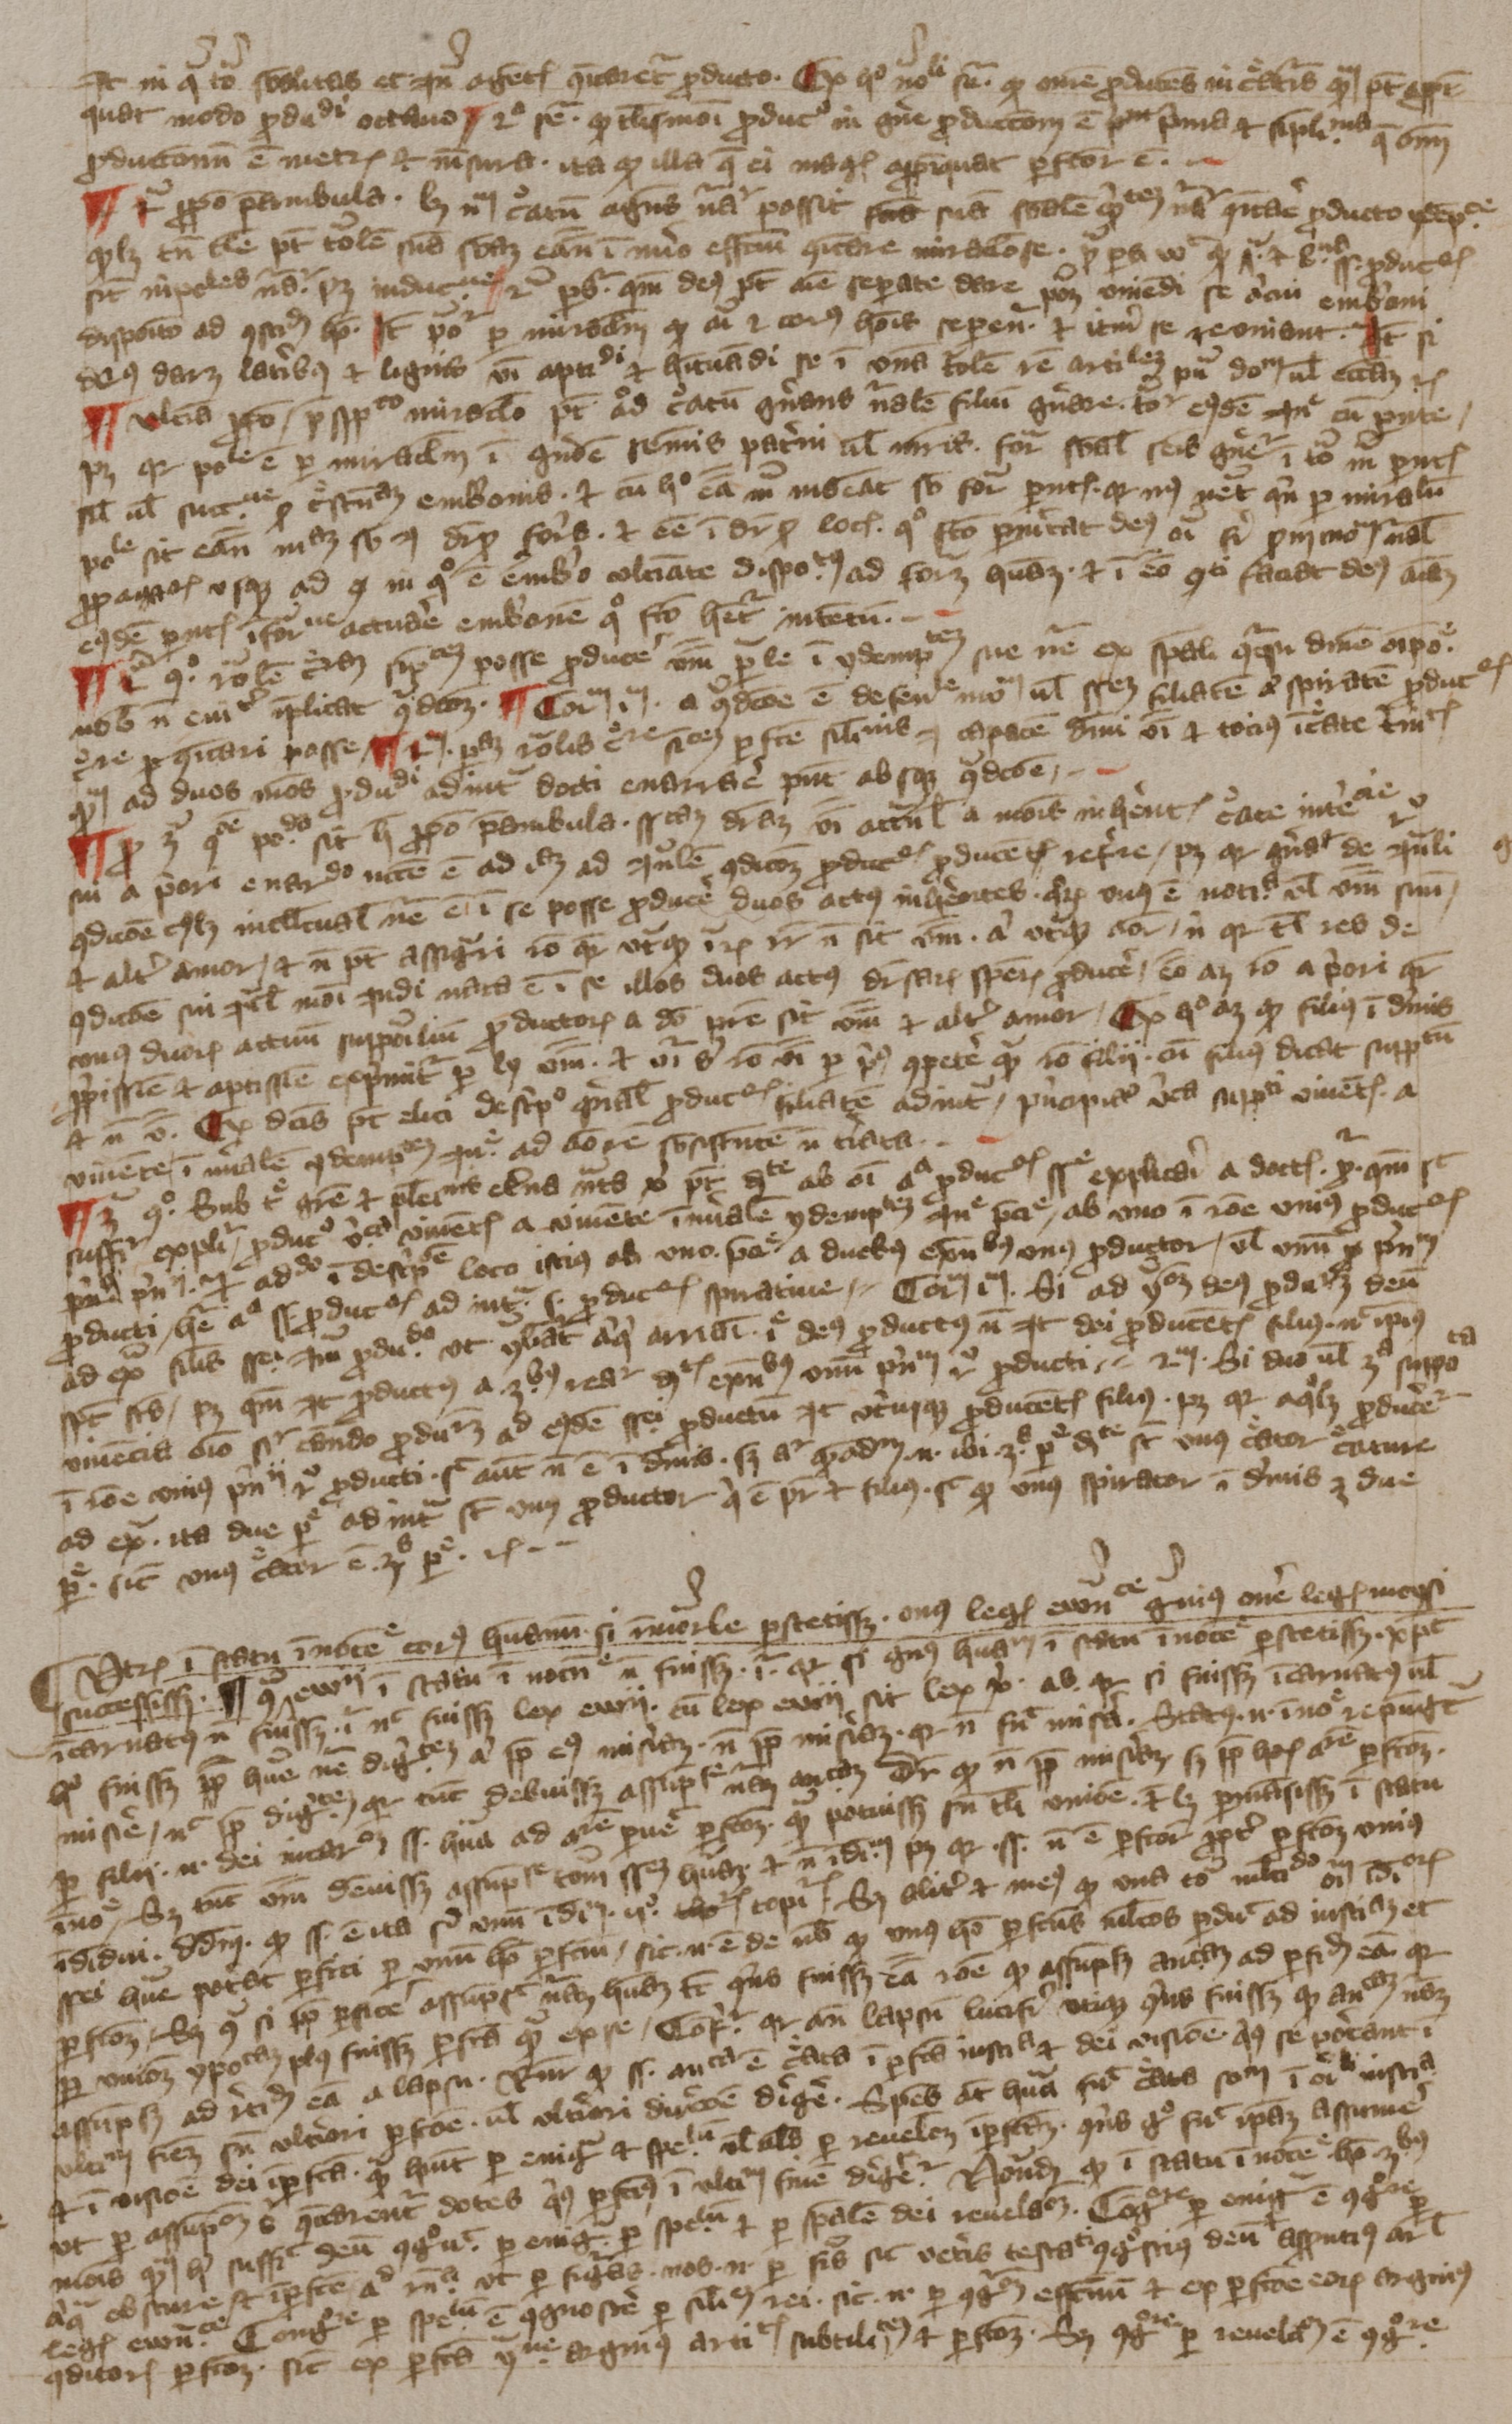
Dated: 1394–1397